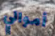
أموالي